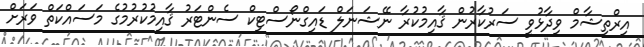
އިރްތިޝާމް ވިދާޅުވީ ސަރުކާރުން ޤާއިމުކުރާ ނޭޝަނަލް ޑައިގްނޯސްޓިކް ސެންޓަރު ޤާއިމުކުރުމުގެ މަސައްކަތް ވަރަށް